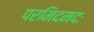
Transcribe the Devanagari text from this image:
परमिदमदः